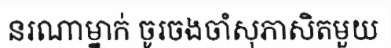
នរណាម្នាក់ ចូរចងចាំសុភាសិតមួយ